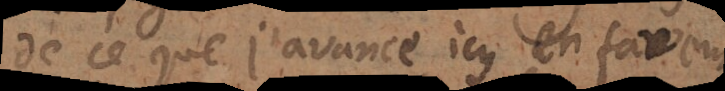
de ce que j’avance icy en faveur